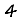
Digit: 4